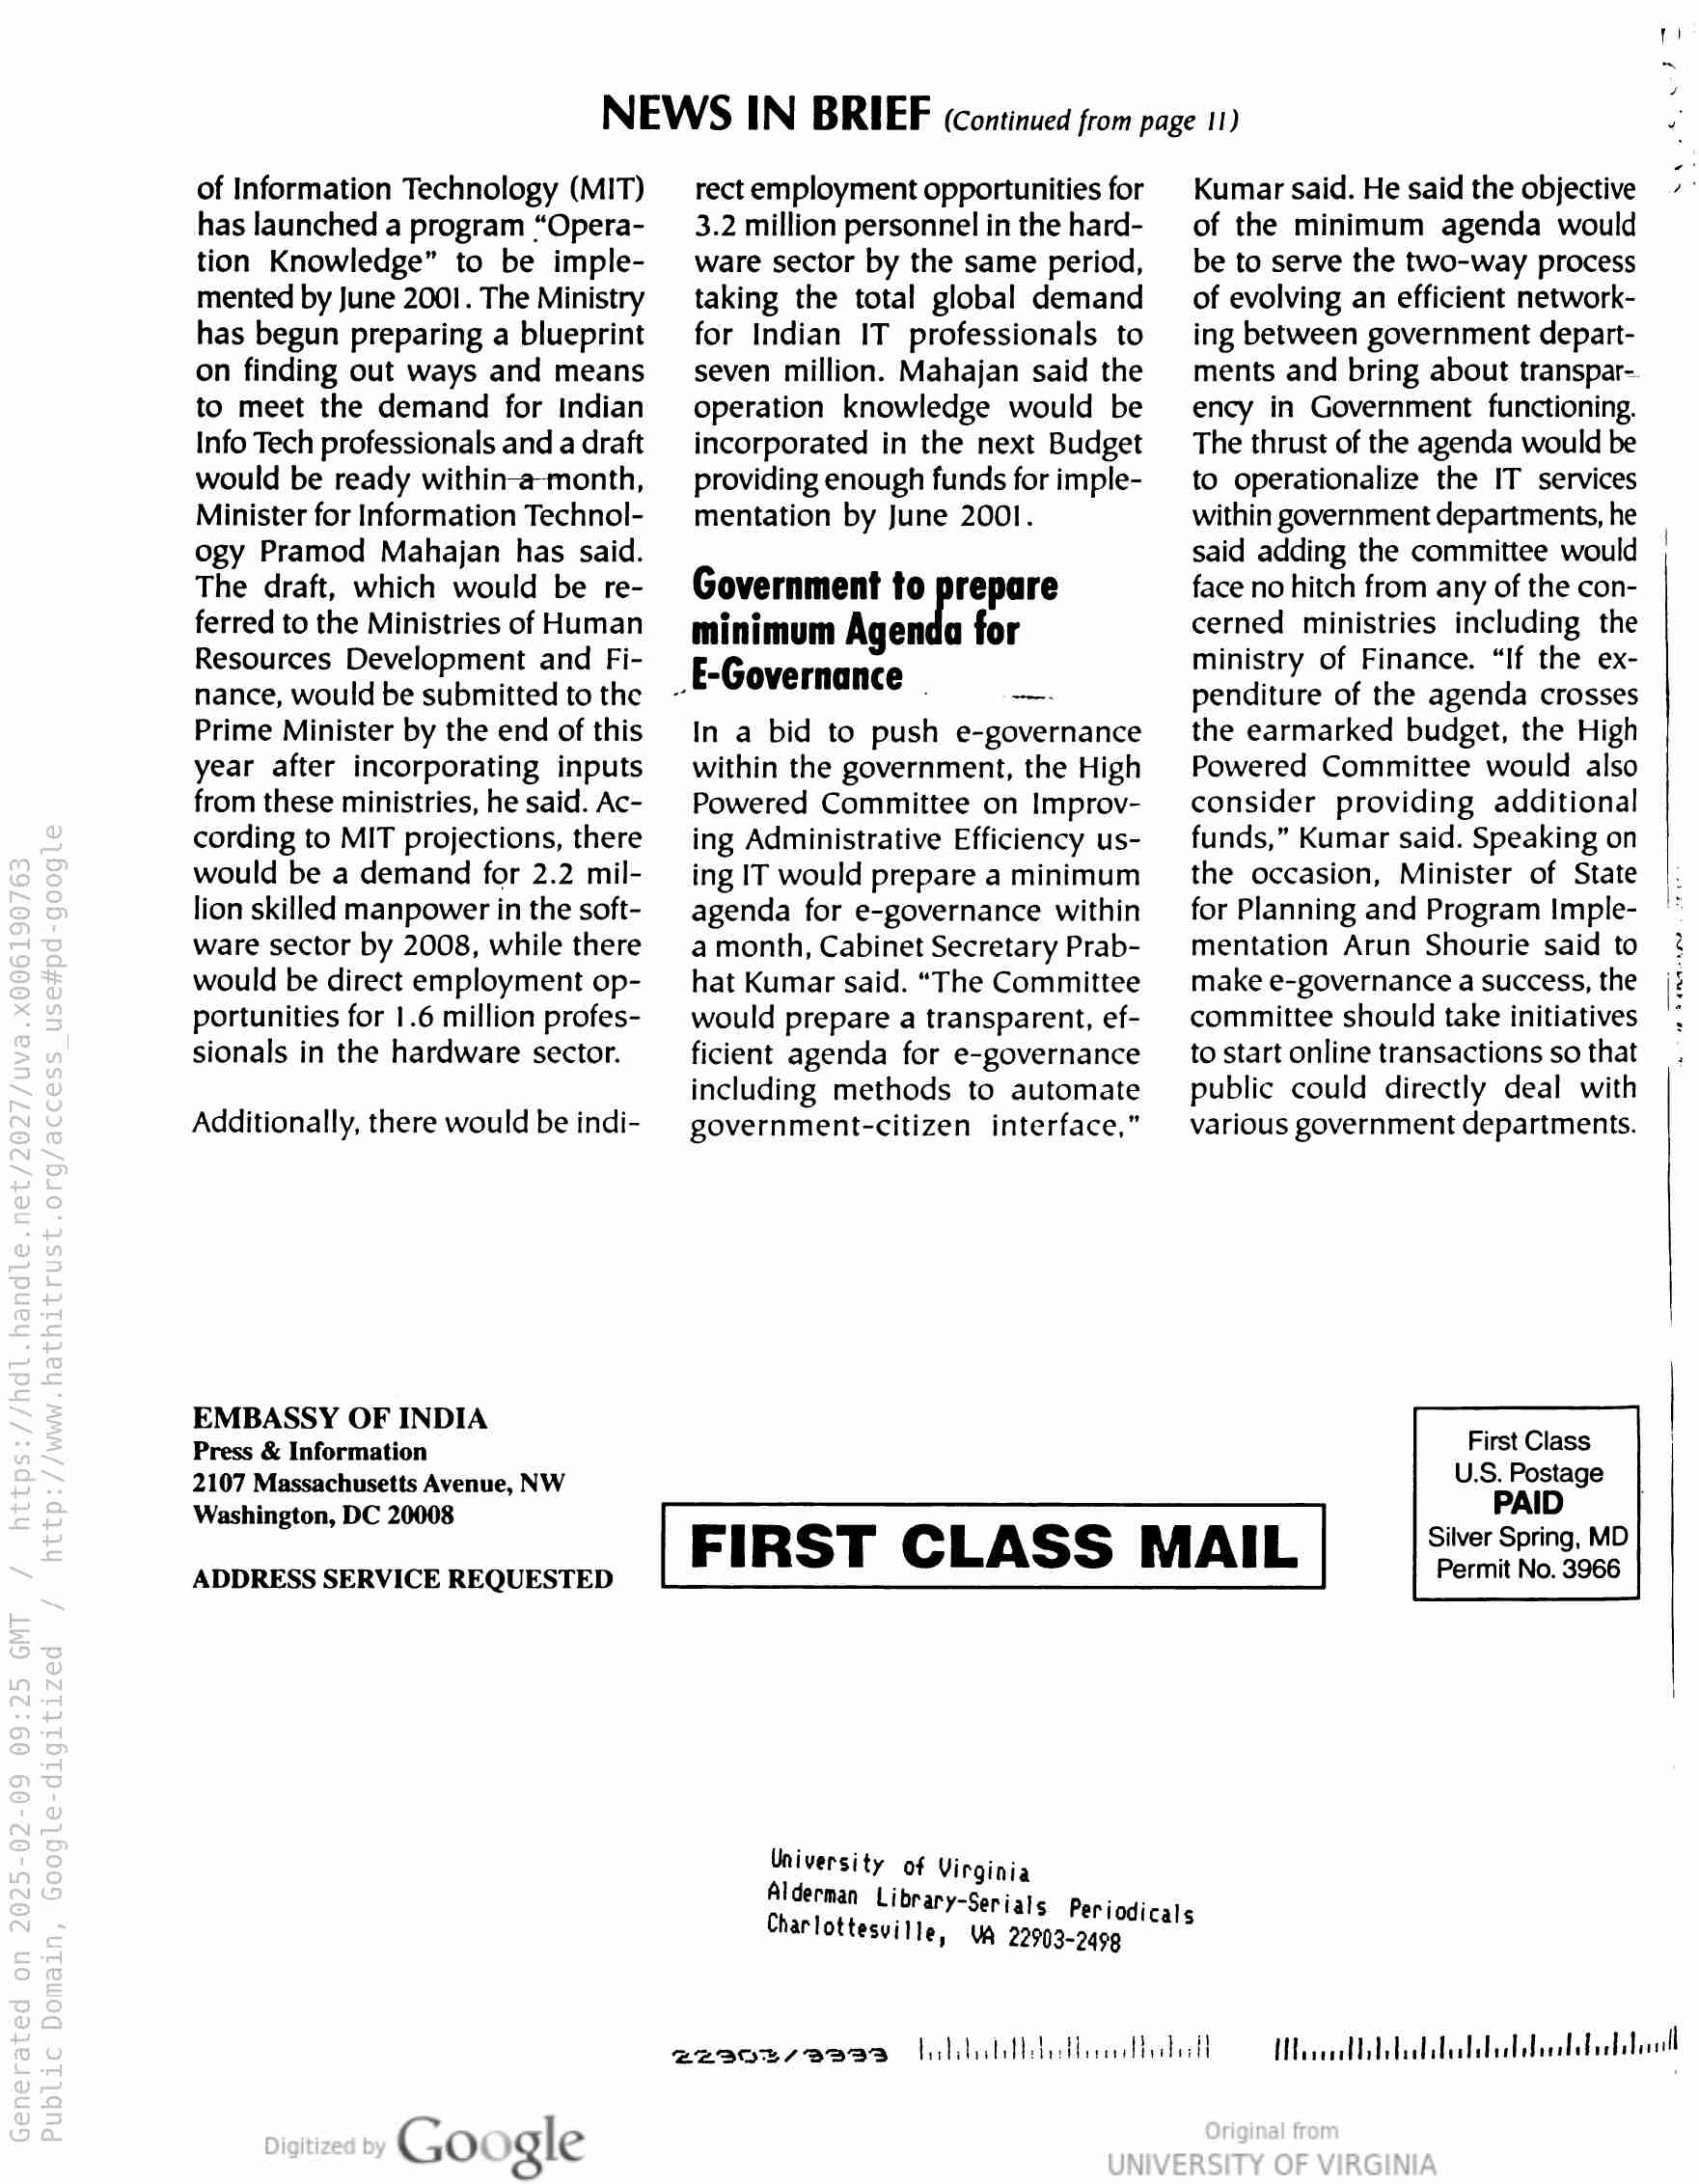
NEWS IN BRIEF (Continued from page 11)

of Information Technology (MIT)
has launched a program “Opera-
tion Knowledge” to be imple-
mented by June 2001. The Ministry
has begun preparing a blueprint
on finding out ways and means
to meet the demand for indian
Info Tech professionals and a draft
would be ready within-a-month,
Minister for Information Technol-
ogy Pramod Mahajan has said.
The draft, which would be re-
ferred to the Ministries of Human
Resources Development and Fi-
nance, would be submitted to the
Prime Minister by the end of this
year after incorporating inputs
from these ministries, he said. Ac-
cording to MIT projections, there
would be a demand for 2.2 mil-
lion skilled manpower in the soft-
ware sector by 2008, while there
would be direct employment op-
portunities for 1.6 million profes-
sionals in the hardware sector.

Additionally, there would be indi-

EMBASSY OF INDIA

Press & Information

2107 Massachusetts Avenue, NW
Washington, DC 20008

ADDRESS SERVICE REQUESTED

Go gle

rect employment opportunities for
3.2 million personnel in the hard-
ware sector by the same period,
taking the total global demand
for Indian IT professionals to
seven million. Mahajan said the
operation knowledge would be
incorporated in the next Budget
providing enough funds for imple-
mentation by June 2001.

Government to prepare
minimum Agenda for
E-Governance _

In a bid to push e-governance
within the government, the High
Powered Committee on Improv-
ing Administrative Efficiency us-
ing IT would prepare a minimum
agenda for e-governance within
a month, Cabinet Secretary Prab-
hat Kumar said. “The Committee
would prepare a transparent, ef-
ficient agenda for e-governance
including methods to automate
government-citizen interface,”

FIRST CLASS MAIL

University of Virginia
Alderman Library-

Charlottesvil le, VA 22903-2499

ZZIDE/BBIISB

ey ee

Kumar said. He said the objective
of the minimum agenda would
be to serve the two-way process
of evolving an efficient network-
ing between government depart-
ments and bring about transpar-
ency in Government functioning.
The thrust of the agenda would be
to operationalize the IT services
within government departments, he
said adding the committee would
face no hitch from any of the con-
cerned ministries including the
ministry of Finance. “If the ex-
penditure of the agenda crosses
the earmarked budget, the High
Powered Committee would also
consider providing additional
funds,” Kumar said. Speaking on
the occasion, Minister of State
for Planning and Program Imple-
mentation Arun Shourie said to
make e-governance a success, the
committee should take initiatives
to start online transactions so that
public could directly deal with
various government departments.

First Class
U.S. Postage
PAID

Silver Spring, MD
Permit No. 3966

Sows

onan

Serials Periodicals

MeavecadDolodaadatusladsdabolafuadebanll